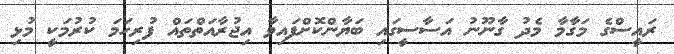
ރައީސްގެ މަގާމާ މެދު ގާނޫނު އަސާސީގައި ބަޔާންކޮށްފައިވާ އިޖުރާއަތްތައް ފުރިހަމަ ކުރުމަކީ މުޅި